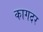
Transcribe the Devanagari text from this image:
कागदर